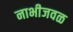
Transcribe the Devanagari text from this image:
नाभीजवळ